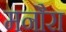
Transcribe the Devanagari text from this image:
मनौरा